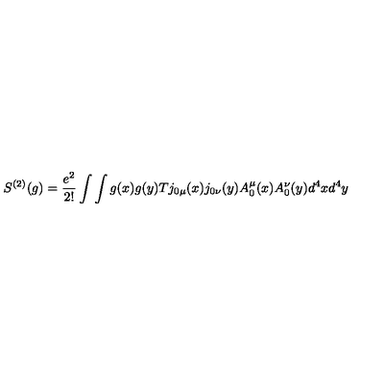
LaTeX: S ^ { \left( 2 \right) } ( g ) = \frac { e ^ { 2 } } { 2 ! } \int \int g ( x ) g ( y ) T j _ { 0 \mu } ( x ) j _ { 0 \nu } ( y ) A _ { 0 } ^ { \mu } ( x ) A _ { 0 } ^ { \nu } ( y ) d ^ { 4 } x d ^ { 4 } y